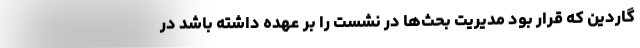
گاردین که قرار بود مدیریت بحث‌ها در نشست را بر عهده داشته باشد در